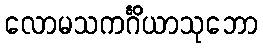
လောမသကင်္ဂိယာသုဘော